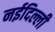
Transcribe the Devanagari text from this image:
नईदिल्ली